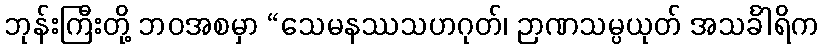
ဘုန်းကြီးတို့ ဘဝအစမှာ “သေမနဿသဟဂုတ်၊ ဉာဏသမ္ပယုတ် အသင်္ခါရိက